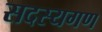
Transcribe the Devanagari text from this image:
सदस्‍यगण